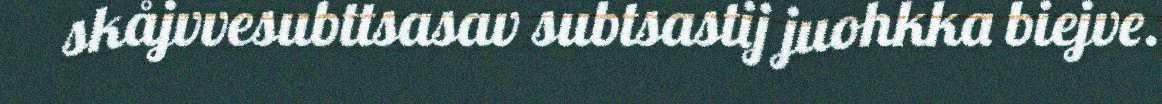
skåjvvesubttsasav subtsastij juohkka biejve.